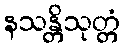
နသန္တိသုတ္တံ